Indian journal of veterinary science and animal husbandry - Volume 13,
Year: 1943
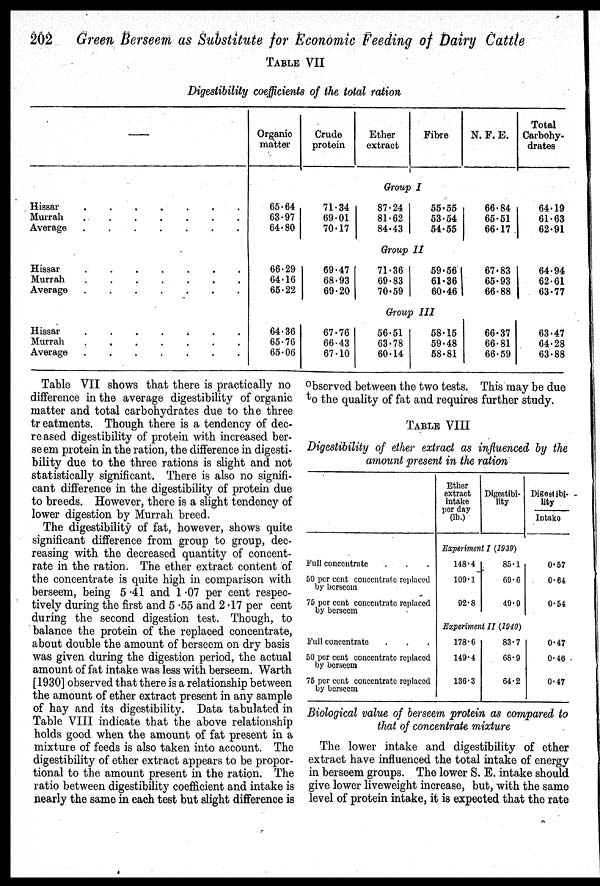
202
Green Berseem as Substitute for Economic Feeding of Dairy Cattle
TABLE VII
Digestibility coefficients of the total ration
—
Hissar
.
.
.
.
.
.
.
Murrah
.
.
.
.
.
.
.
Average
.
.
.
.
.
.
.
Hissar
.
.
.
.
.
.
.
Murrah
.
.
.
.
.
.
.
Average
.
.
.
.
.
.
.
Hissar
.
.
.
.
.
.
.
Murrah
.
.
.
.
.
.
.
Average
.
.
.
.
.
.
.
Organic
matter
65.64
63.97
64.80
66.29
64.16
65.22
64.36
65.76
65.06
Crude
protein
71.34
69.01
70.17
69.47
68.93
69.20
67.76
66.43
67.10
Ether
extract
Fibre
Group I
87.24
81.62
84.43
55.55
53.54
54.55
Group II
71.36
69.83
70.59
59.56
61.36
60.46
Group III
56.51
63.78
60.14
58.15
59.48
58.81
N. F. E.
66.84
65.51
66.17
67.83
65.93
66.88
66.37
66.81
66.59
Total
Carbohy-
drates
64.19
61.63
62.91
64.94
62.61
63.77
63.47
64.28
63.88
Table VII shows that there is practically no
difference in the average digestibility of organic
matter and total carbohydrates due to the three
treatments. Though there is a tendency of dec-
reased digestibility of protein with increased ber-
seem protein in the ration, the difference in digesti-
bility due to the three rations is slight and not
statistically significant. There is also no signifi-
cant difference in the digestibility of protein due
to breeds. However, there is a slight tendency of
lower digestion by Murrah breed.
The digestibility of fat, however, shows quite
significant difference from group to group, dec-
reasing with the decreased quantity of concent-
rate in the ration. The ether extract content of
the concentrate is quite high in comparison with
berseem, being 5.41 and 1.07 per cent respec-
tively during the first and 5.55 and 2.17 per cent
during the second digestion test. Though, to
balance the protein of the replaced concentrate,
about double the amount of berseem on dry basis
was given during the digestion period, the actual
amount of fat intake was less with berseem. Warth
[1930] observed that there is a relationship between
the amount of ether extract present in any sample
of hay and its digestibility. Data tabulated in
Table VIII indicate that the above relationship
holds good when the amount of fat present in a
mixture of feeds is also taken into account. The
digestibility of ether extract appears to be propor-
tional to the amount present in the ration. The
ratio between digestibility coefficient and intake is
nearly the same in each test but slight difference is
observed between the two tests. This may be due
to the quality of fat and requires further study.
TABLE VIII
Digestibility of ether extract as influenced by the
amount present in the ration
Full concentrate
50 per cent concentrate replaced
by berseem
75 per cent concentrate replaced
by berseem
Full concentrate
50 per cent concentrate replaced
by berseem
75 per cent concentrate replaced
by berseem
Ether
extract
intake
per day
(lb.)
Digestibi-
lity
Experiment I (1939)
148.4
109.1
92.8
85.1
69.6
49.9
Experiment II (1940)
178.6
149.4
136.3
83.7
68.9
64.2
Digestibi-
lity
Intake
0.57
0.64
0.54
0.47
0.46
0.47
Biological value of berseem protein as compared to
that of concentrate mixture
The lower intake and digestibility of ether
extract have influenced the total intake of energy
in berseem groups. The lower S. E. intake should
give lower liveweight increase, but, with the same
level of protein intake, it is expected that the rate